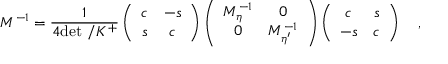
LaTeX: M ^ { - 1 } = \frac { 1 } { 4 \mathrm { d e t \ / } K ^ { + } } \left( \begin{array} { c c } { { c } } & { { - s } } \\ { { s } } & { { c } } \end{array} \right) \left( \begin{array} { c c } { { M _ { \eta } ^ { - 1 } } } & { { 0 } } \\ { { 0 } } & { { M _ { \eta ^ { \prime } } ^ { - 1 } } } \end{array} \right) \left( \begin{array} { c c } { { c } } & { { s } } \\ { { - s } } & { { c } } \end{array} \right) \quad ,